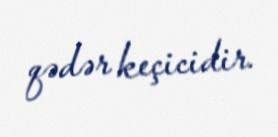
qədər keçicidir.